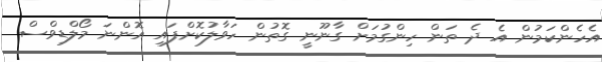
އެހެންކަމުން އެ ދެ ތަން ހިންގުމަށް ގާނޫނީ ގޮތުން ހަވާލުކޮށްފައި އޮންނަ މޯލްޑިވްސް